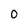
Character: 0